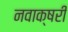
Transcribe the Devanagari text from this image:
नवाक्षरी